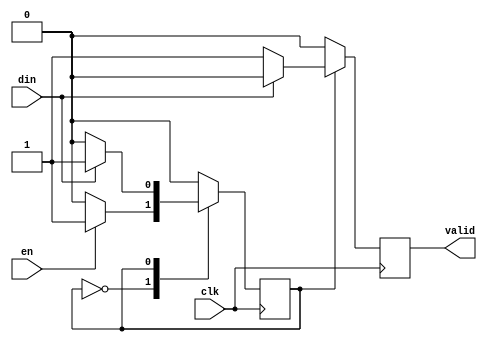
module trigger(
    input wire clk,
    input wire en,
    input wire din,
    output reg valid
);

parameter STATE_IDLE = 1'b0;
parameter STATE_DATA = 1'b1;

reg state = STATE_IDLE;

always @(posedge clk) begin
    state <= state;
    valid <= 1'b0;

    case(state)
        STATE_IDLE:
            if (en) begin
                state <= STATE_DATA;
            end
        STATE_DATA:
            if (din == 1'b0) begin
                state <= STATE_IDLE;
                valid <= 1'b1;
            end
    endcase     
end

endmodule // trigger